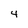
Character: 4